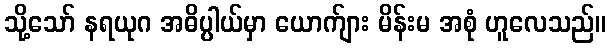
သို့သော် နရယုဂ အဓိပ္ပါယ်မှာ ယောက်ျား မိန်းမ အစုံ ဟူလေသည်။